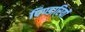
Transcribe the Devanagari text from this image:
पिण्डारियों